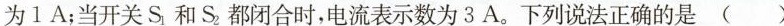
为1A；当开关S_{1}和S_{2}都闭合时，电流表示数为3A。下列说法正确的是()